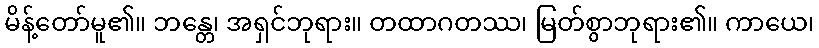
မိန့်တော်မူ၏။ ဘန္တေ၊ အရှင်ဘုရား။ တထာဂတဿ၊ မြတ်စွာဘုရား၏။ ကာယေ၊